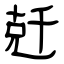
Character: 兛